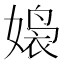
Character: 𮱒